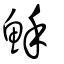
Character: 穌